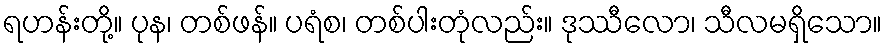
ရဟန်းတို့။ ပုန၊ တစ်ဖန်။ ပရံစ၊ တစ်ပါးတုံလည်း။ ဒုဿီလော၊ သီလမရှိသော။